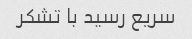
سریع رسید با تشکر